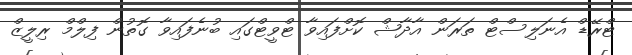
ޓްރޭޑް އެނަލިސްޓް ތަރަން އާދާޝް ކޮށްފައިވާ ޓްވީޓްގައި ބުނެފައިވާ ގޮތުން ފިލްމް ރިލީޒް